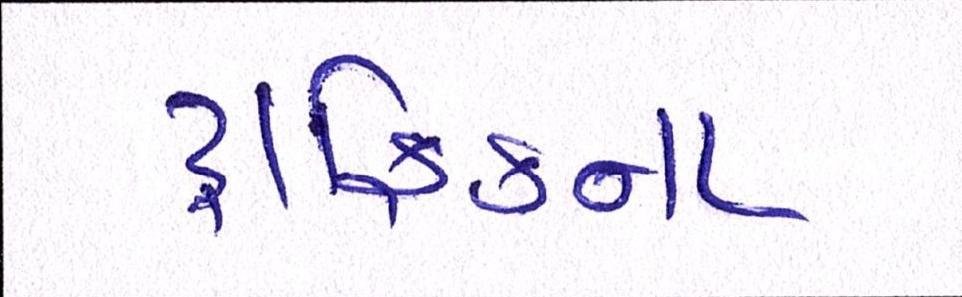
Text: ટ્રાફિકના